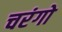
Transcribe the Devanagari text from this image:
चरंगो